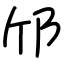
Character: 邤